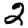
Digit: 2